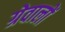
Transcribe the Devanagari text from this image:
ग्रेवालों